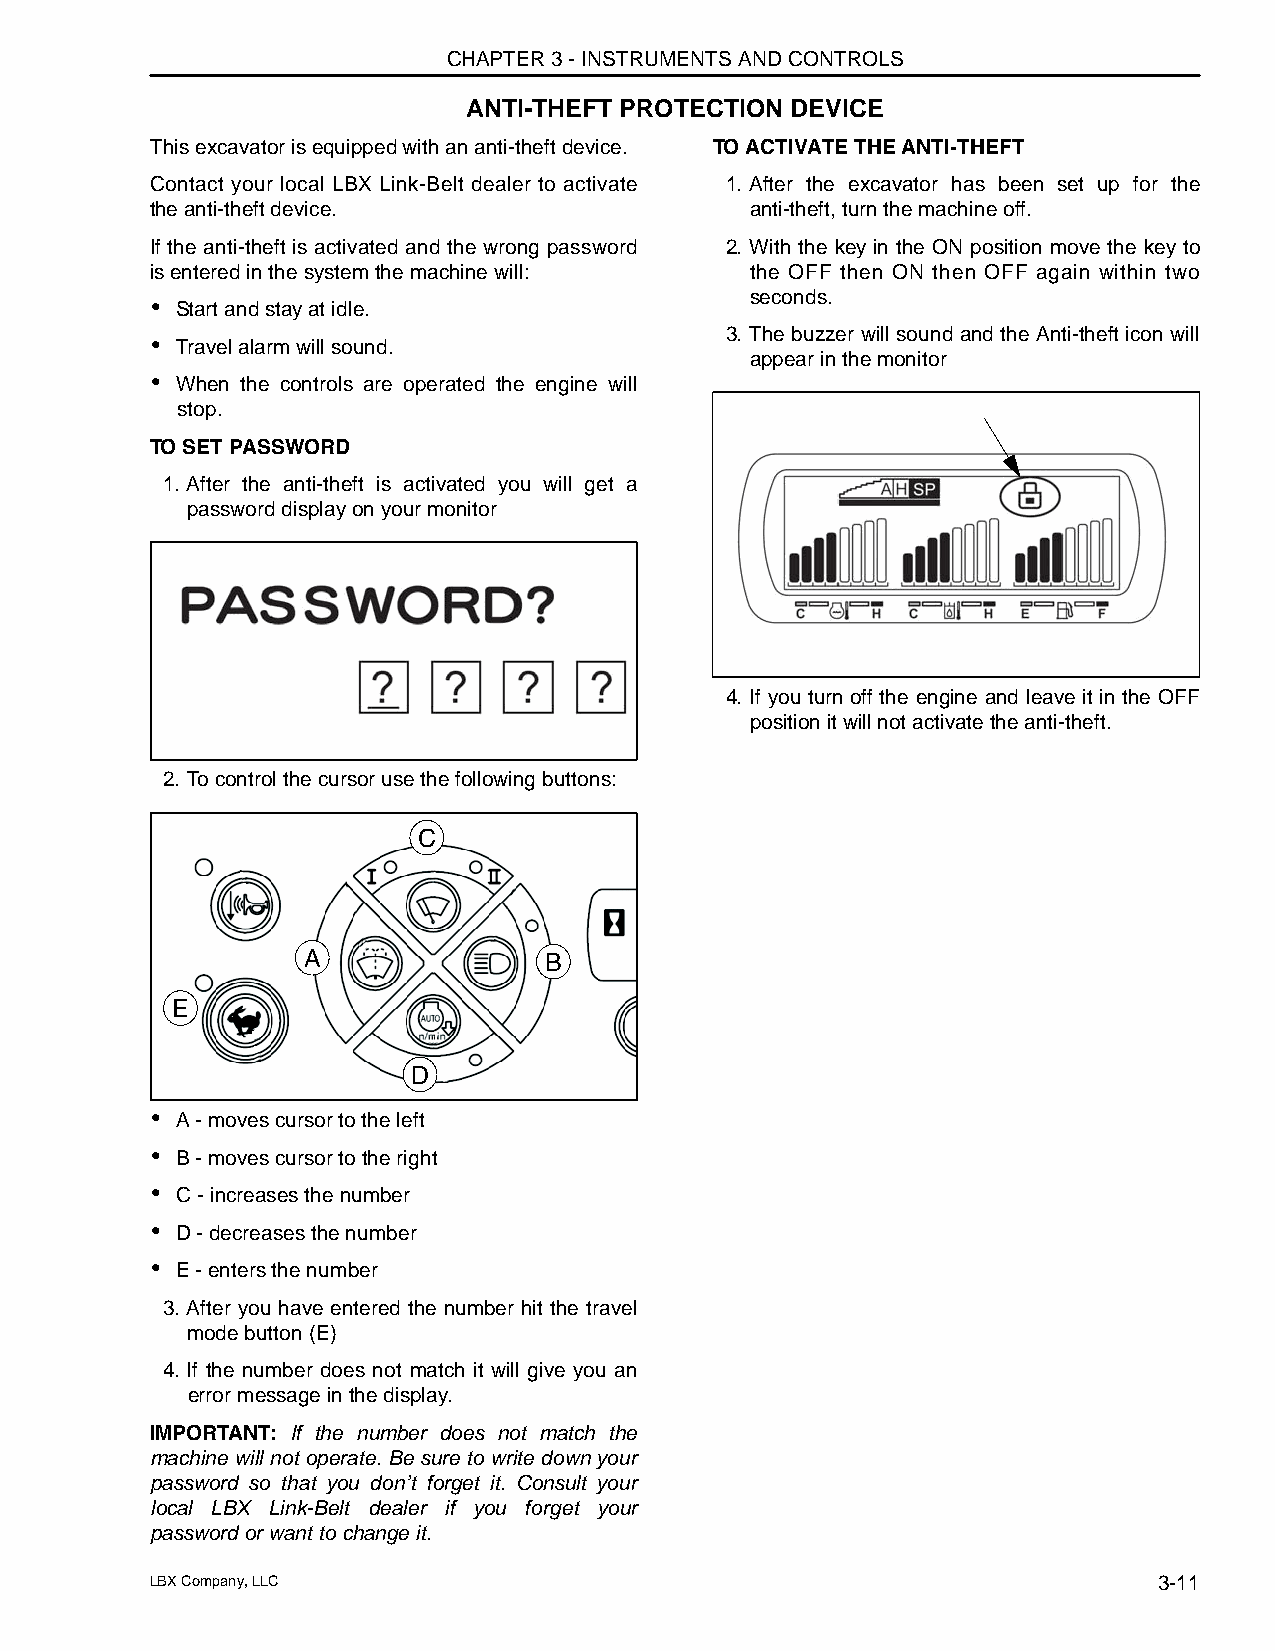
CHAPTER 3 - INSTRUMENTS AND CONTROLS
 ANTI-THEFT PROTECTION DEVICE
 This excavator is equipped with an anti-theft device. TO ACTIVATE THE ANTI-THEFT
 Contact your local LBX Link-Belt dealer to activate 1. After the excavator has been set up for the
 the anti-theft device.                  anti-theft, turn the machine off.
 If the anti-theft is activated and the wrong password 2. With the key in the ON position move the key to
 is entered in the system the machine will: the OFF then ON then OFF again within two
 seconds.
 • Start and stay at idle.
 3. The buzzer will sound and the Anti-theft icon will
 • Travel alarm will sound.
 appear in the monitor
 • When the controls are operated the engine will
 stop.
 TO SET PASSWORD
 1. After the anti-theft is activated you will get a
 password display on your monitor
 4. If you turn off the engine and leave it in the OFF
 position it will not activate the anti-theft.
 2. To control the cursor use the following buttons:
 C
 A               B
 E
 D
 • A - moves cursor to the left
 • B - moves cursor to the right
 • C - increases the number
 • D - decreases the number
 • E - enters the number
 3. After you have entered the number hit the travel
 mode button (E)
 4. If the number does not match it will give you an
 error message in the display.
 IMPORTANT: If the number does not match the
 machine will not operate. Be sure to write down your
 password so that you don’t forget it. Consult your
 local LBX Link-Belt dealer if you forget your
 password or want to change it.
 LBX Company, LLC                                                   3-11